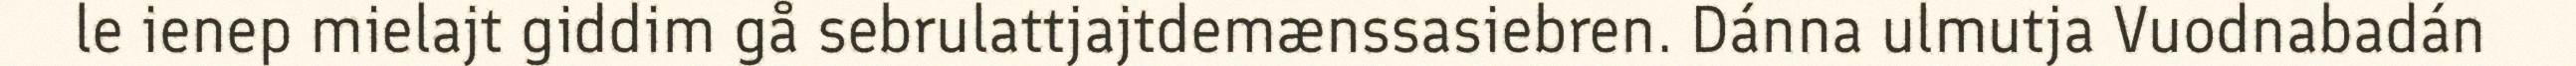
le ienep mielajt giddim gå sebrulattjajtdemænssasiebren. Dánna ulmutja Vuodnabadán